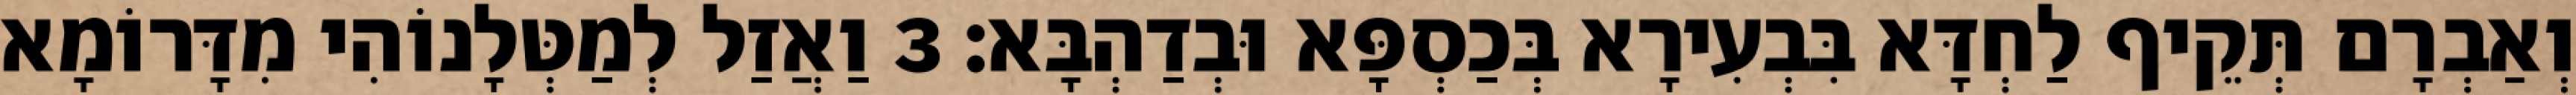
וְאַבְרָם תְּקֵיף לַחְדָּא בִּבְעִירָא בְּכַסְפָּא וּבְדַהְבָּא׃ 3 וַאֲזַל לְמַטְּלָנוֹהִי מִדָּרוֹמָא